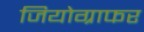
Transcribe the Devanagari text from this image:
जियोग्राफर